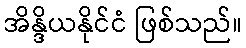
အိန္ဒိယနိုင်ငံ ဖြစ်သည်။